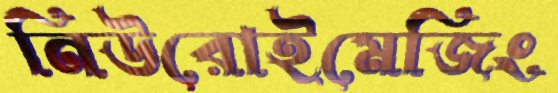
নিউরোইমেজিং